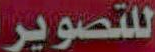
للتصوير